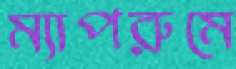
ম্যাপরুমে